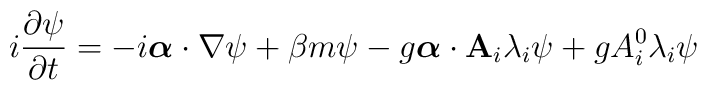
i\frac{\partial\psi}{\partial t} =          -i\mbox{\boldmath$\alpha$}\cdot\nabla\psi + \beta m\psi    -g\mbox{\boldmath$\alpha$}\cdot{\bf A}_i\lambda_i\psi    + g A^0_i\lambda_i\psi